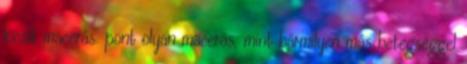
kicsit macerás. pont olyan macerás, mint bármilyen más betegséggel